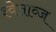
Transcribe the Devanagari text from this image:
श्वेताव्ज